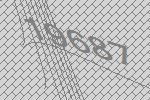
19687